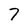
Character: 7